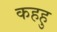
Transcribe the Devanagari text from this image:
कहहु